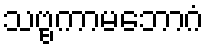
သဗ္ဗကာမဘောဂံ